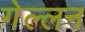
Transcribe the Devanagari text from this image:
गेल्लन